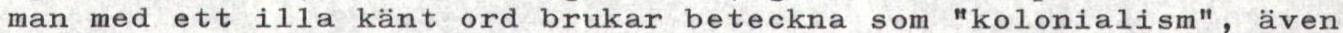
man med ett illa känt ord brukar beteckna som "kolonialism", även